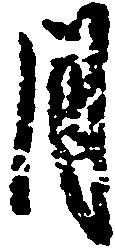
月